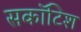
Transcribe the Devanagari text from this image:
सकॉटिश